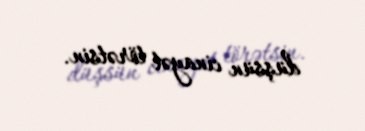
düşsün cinayət törətsin.